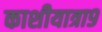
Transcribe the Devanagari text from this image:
काशीयात्रा९